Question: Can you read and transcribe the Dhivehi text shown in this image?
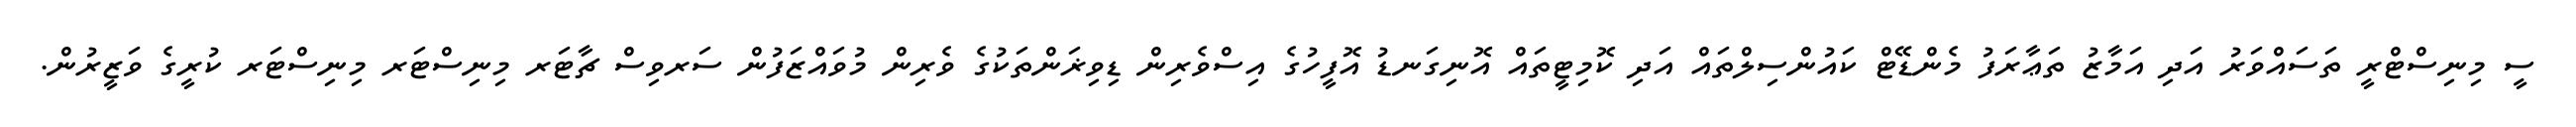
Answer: ސީ މިނިސްޓްރީ ތަސައްވަރު އަދި އަމާޒު ތަޢާރަފު މެންޑޭޓް ކައުންސިލްތައް އަދި ކޮމިޓީތައް އޮނިގަނޑު އޮފީހުގެ އިސްވެރިން ޑިވިޜަންތަކުގެ ވެރިން މުވައްޒަފުން ސަރވިސް ޗާޓަރ މިނިސްޓަރ މިނިސްޓަރ ކުރީގެ ވަޒީރުން.